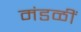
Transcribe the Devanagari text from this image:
मंडळीं